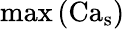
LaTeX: \operatorname*{max}\left(\operatorname{Ca}_{\mathrm{s}}\right)